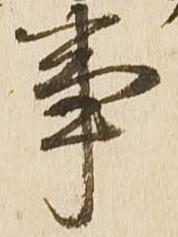
事